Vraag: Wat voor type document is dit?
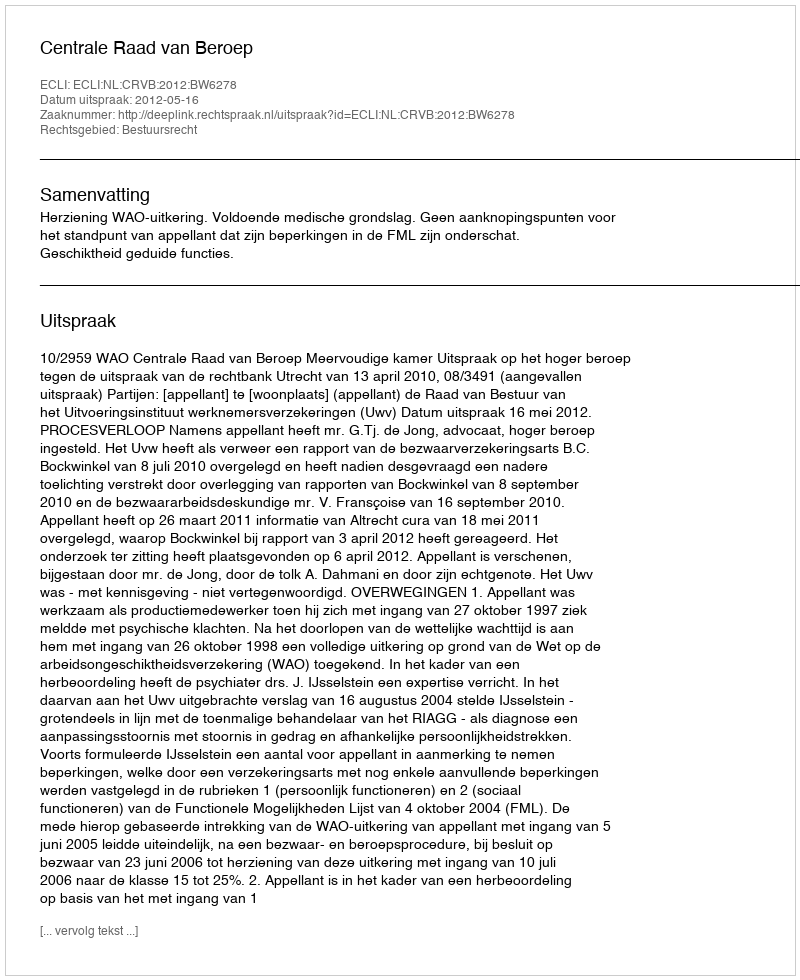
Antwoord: Uitspraak